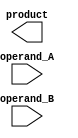
module wallace_tree_multiplier(
  input wire [15:0] operand_A,
  input wire [15:0] operand_B,
  output reg [31:0] product
);

wire [31:0] partial_products [7:0];
wire [3:0] counters [15:0];

generate
  genvar i;
  for (i = 0; i < 8; i = i + 1) begin: multiply_stage
    assign partial_products[i] = operand_A * (operand_B & (1 << i));
  end
endgenerate

generate
  genvar i;
  for (i = 0; i < 16; i = i + 1) begin: counter_stage
    always @ (*) begin
      if (i % 2 == 0) begin
        counters[i] = partial_products[i/2] + partial_products[i/2 + 1];
      end else begin
        counters[i] <= 0;
      end
    end
  end
endgenerate

always @ (*) begin
  product = counters[15] + counters[14] + counters[13] + counters[12] + counters[11] + counters[10] + counters[9] + counters[8] +
            counters[7] + counters[6] + counters[5] + counters[4] + counters[3] + counters[2] + counters[1] + counters[0];
end

endmodule